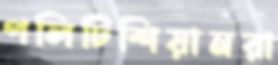
পলিটিশিয়ানরা